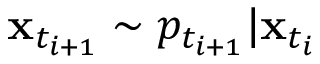
\mathbf { x } _ { t _ { i + 1 } } \sim p _ { t _ { i + 1 } } | \mathbf { x } _ { t _ { i } }